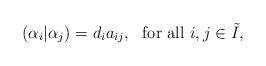
LaTeX: \begin{align*}(\alpha_i|\alpha_j)=d_ia_{ij},\ \ \mbox{for all} \ i,j\in \tilde{I},\end{align*}